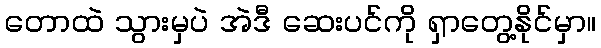
တောထဲ သွားမှပဲ အဲဒီ ဆေးပင်ကို ရှာတွေ့နိုင်မှာ။